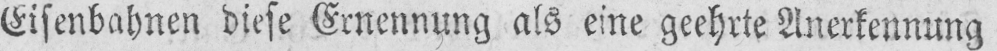
Eisenbahnen diese Ernennung als eine geehrte Anerkennung